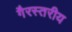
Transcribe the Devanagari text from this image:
गैरस्‍तरीय